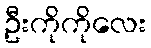
ဦးကိုကိုလေး